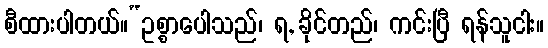
စီထားပါတယ်။“ဥစ္စာပေါသည်၊ ရ, ခိုင်တည်၊ ကင်းပြီ ရန်သူငါး။